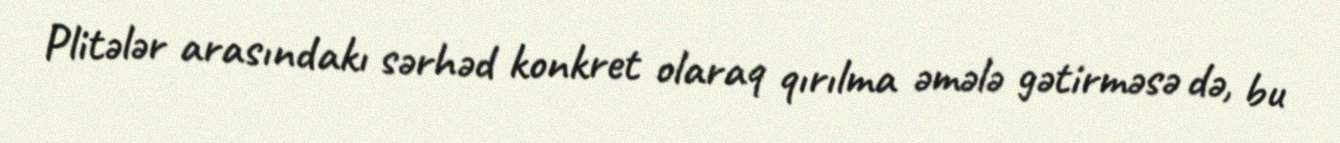
Plitələr arasındakı sərhəd konkret olaraq qırılma əmələ gətirməsə də, bu